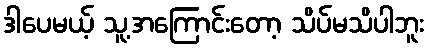
ဒါပေမယ့် သူ့အကြောင်းတော့ သိပ်မသိပါဘူး